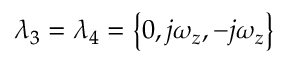
\lambda _ { 3 } = \lambda _ { 4 } = \left\{ 0 , j \omega _ { z } , - j \omega _ { z } \right\}